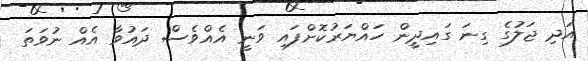
އަދި ޖަލުގެ ގިނަ ގައިދީން ހައްޔަރުކޮށްފައި ވަނީ އެއްވެސް ދައުވާ އެއް ނުވަތަ